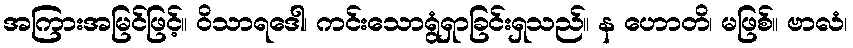
အကြားအမြင်ဖြင့်။ ဝိသာရဒေါ၊ ကင်းသောရွံရှာခြင်းရှသည်။ န ဟောတိ၊ မဖြစ်။ ဗာလံ၊